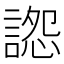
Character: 𧩷